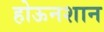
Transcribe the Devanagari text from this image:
होऊनशान